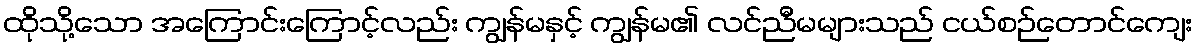
ထိုသို့သော အကြောင်းကြောင့်လည်း ကျွန်မနှင့် ကျွန်မ၏ လင်ညီမများသည် ငယ်စဉ်တောင်ကျေး